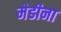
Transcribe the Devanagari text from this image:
मेडीना